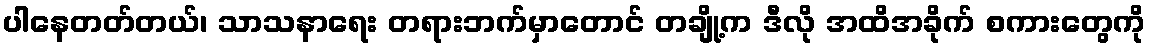
ပါနေတတ်တယ်၊ သာသနာရေး တရားဘက်မှာတောင် တချို့က ဒီလို အထိအခိုက် စကားတွေကို